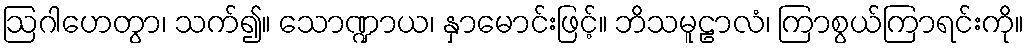
ဩဂါဟေတွာ၊ သက်၍။ သောဏ္ဍာယ၊ နှာမောင်းဖြင့်။ ဘိသမူဠာလံ၊ ကြာစွယ်ကြာရင်းကို။